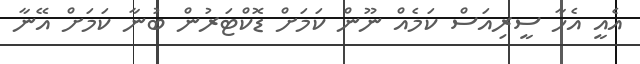
އެއީ އެހާ ސީރިއަސް ކަމެއް ނޫން ކަމަށް ޑޮކްޓަރުން ބުނާ ކަމަށް އޭނާ